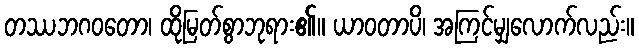
တဿဘဂဝတော၊ ထိုမြတ်စွာဘုရား၏။ ယာဝတာပိ၊ အကြင်မျှလောက်လည်း။